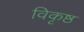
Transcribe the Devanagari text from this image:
विकृष्ठ